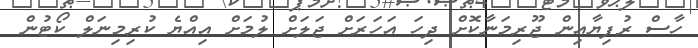
ހާސް ރުފިޔާއިން ޖޫރިމަނާކޮށް ދިހަ އަހަރަށް ޖަލަށް ލުމަށް އިއްޔެ ކުރިމިނަލް ކޯޓުން